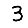
Digit: 3